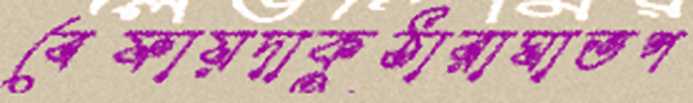
বেফায়দাকুঠারাঘাতপ